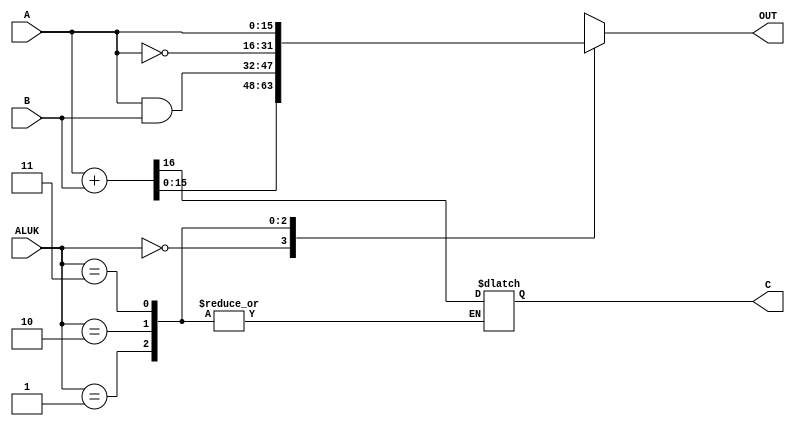
module alu(A, B, ALUK, OUT, C);
	input [15:0] A;
	input [15:0] B;
	input [1:0] ALUK; // ADD, AND, NOT, PASSA
	output reg [15:0] OUT;
	output reg C;

always @(*) begin
	case (ALUK)
		0 : {C, OUT} = A + B; //ADD
		1 : OUT = A & B; //AND
		2 : OUT = ~A; //NOT
		3 : OUT = A; //PASSA
	endcase
end

endmodule